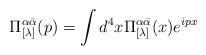
LaTeX: \begin{align*}\Pi_{[\lambda]}^{\alpha\bar{\alpha}}(p) =\int d^4x\Pi_{[\lambda]}^{\alpha\bar{\alpha}}(x)e^{ipx}\end{align*}